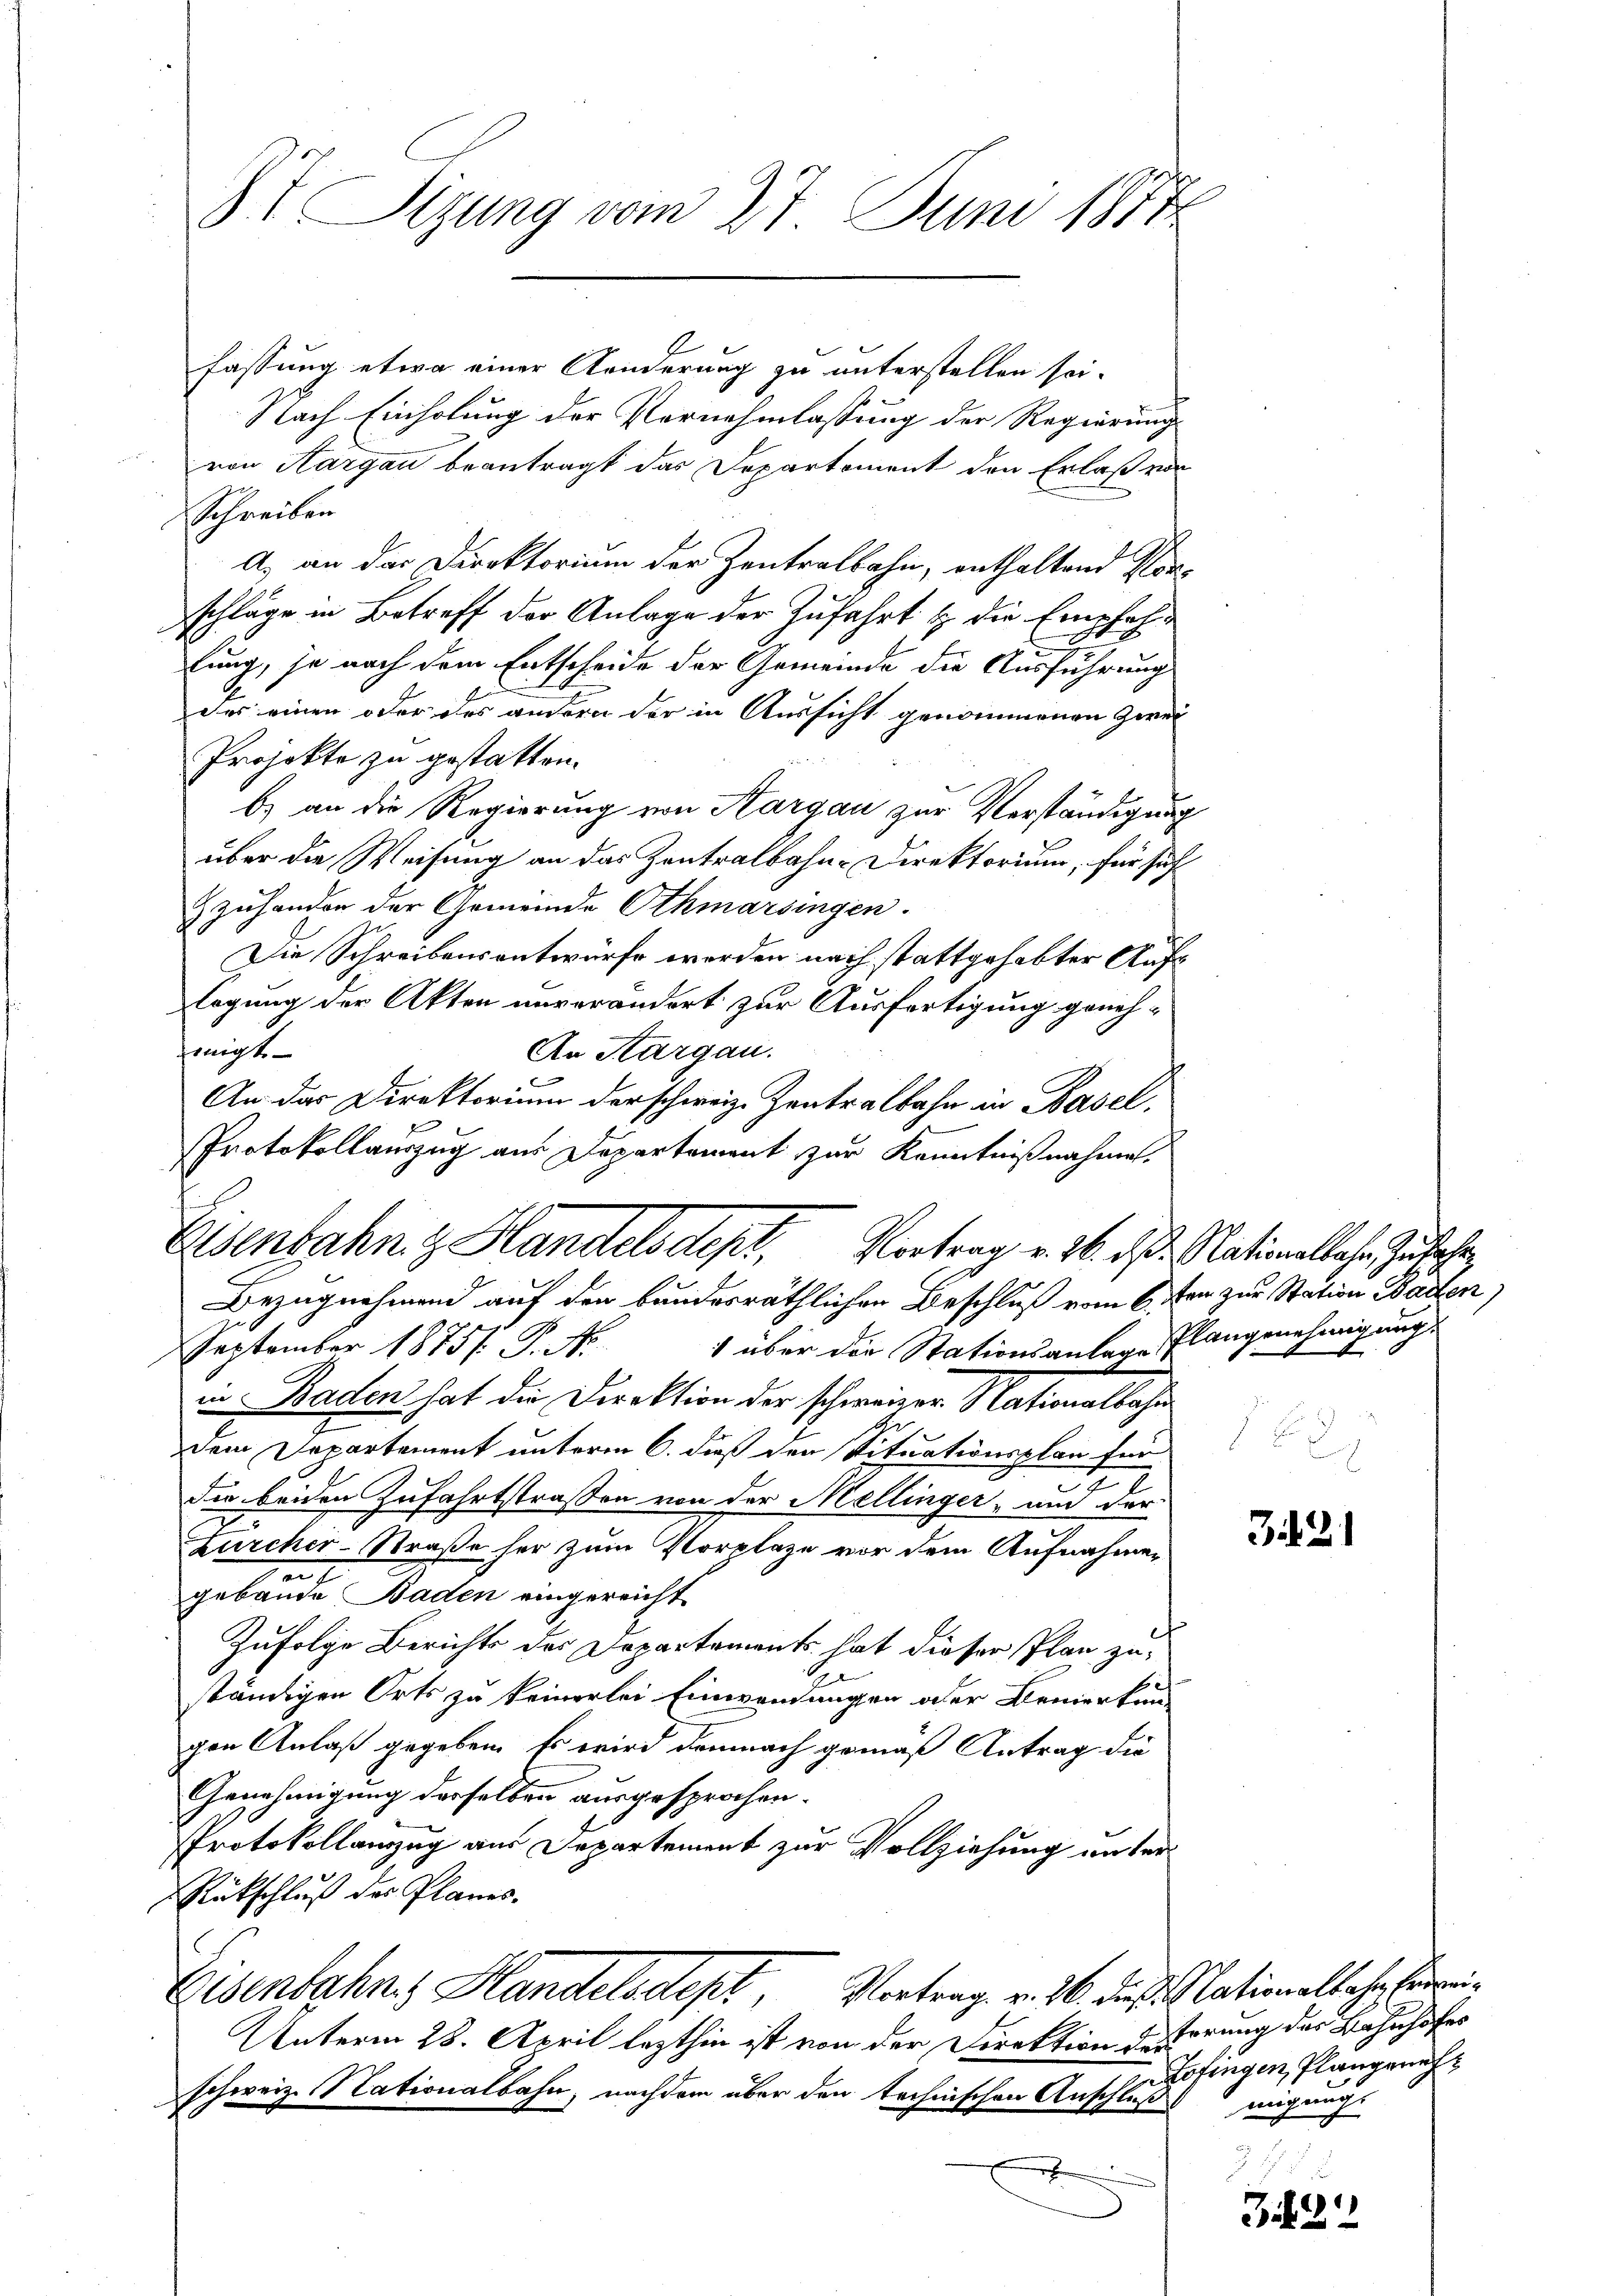
t Sizung vom 27. Juni 1877

fassung etwa einer Aenderung zu unterstellen sei.
Nach Einholung der Vornehmlassung der Regierung
von Aargau beantragt das Departement den Erlaß von
Schreiben
A. an das Direktorium der Zentralbahn, enthaltend Ver-
schläge in Betreff der Anlage der Zufahrt & die Empfehlung, je nach dem Entscheide der Gemeinde die Ausführung
des einen oder das andern der in Aussicht genommenen Zwei
Projekte zu gestatten.
b) an die Regierung von Aargau zur Verständigung
über die Weisung an das Zentralbahn-Direktorium, für sich
zuhanden der Gemeinde Othmarsingen.
Die Schreibensantwürfe werden nach stattgehabter Aufs
Tagung der Akten unverändert zur Ausfertigung geneh¬
Einigte
An Kargau.
An der Direktorium der schweiz. Zentralbahn in Basel.
Protokollauszug aus Departement zur Kenntnißnahme.
 über die Stationsanlage Plangenehmigung
September 1875. P. Nr.
in Baden hat die Direktion der schweizer Nationalbahn
dem Departement unterm 6. dieß den Situationsplan für
die beiden Zufahrtstraßen von der Mellinger- und der
Zürcher-Straße her zum Vorplaze vor dem Aufnahmen
gebäude Baden eingereicht.
Zufolge Berichts des Departements hat dieser Plan zuständigen Orts zu keinerlei Einwendungen oder Bemerkun-
gen Anlaß gegeben. Es wird demnach gemäß Antrag die
Genehmigung derselben ausgesprochen.
Protokollanzzug aus Departement zur Vollziehung unter¬
Rückschluß des Planes.
Eisenbahnes Handelsdept, Vortrag v. 26. die Nationalbahr berei¬
Unterm 28. April lezthin ist von der Direktion desserung des Bahnhofes
schweiz. Nationalbahn, nachdem über den technischen Anschluß
.

Eisenbahn & Handelsdept, Vortrag v. M. das Nationaler Zufahr
Bezugnehmend auf den bundesräthlichen Beschluß vom 6. Jan zur Station Barten

321

Z21

Zofingen, Plangeneh
migung.